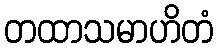
တထာသမာဟိတံ